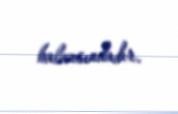
balansındadır.